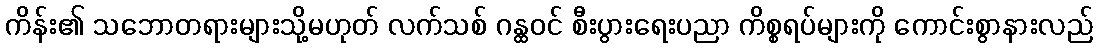
ကိန်း၏ သဘောတရားများသို့မဟုတ် လက်သစ် ဂန္ထဝင် စီးပွားရေးပညာ ကိစ္စရပ်များကို ကောင်းစွာနားလည်